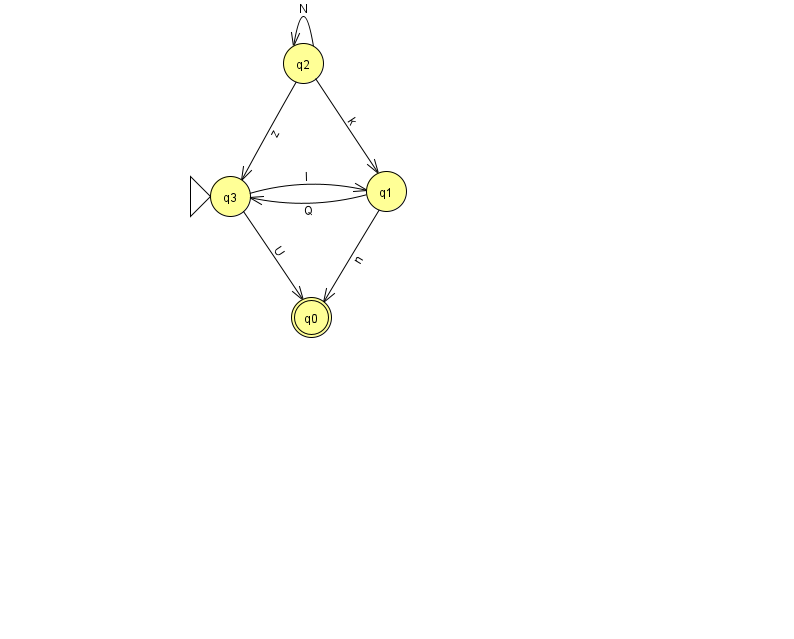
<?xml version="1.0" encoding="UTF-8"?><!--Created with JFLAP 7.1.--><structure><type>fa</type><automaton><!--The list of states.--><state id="0" name="q0"><x>311.0</x><y>304.0</y><final/></state><state id="1" name="q1"><x>386.0</x><y>178.0</y></state><state id="2" name="q2"><x>303.0</x><y>50.0</y></state><state id="3" name="q3"><x>230.0</x><y>183.0</y><initial/></state><!--The list of transitions.--><transition><from>1</from><to>0</to><read>n</read></transition><transition><from>1</from><to>3</to><read>Q</read></transition><transition><from>3</from><to>0</to><read>U</read></transition><transition><from>2</from><to>1</to><read>k</read></transition><transition><from>2</from><to>2</to><read>N</read></transition><transition><from>2</from><to>3</to><read>z</read></transition><transition><from>3</from><to>1</to><read>I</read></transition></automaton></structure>